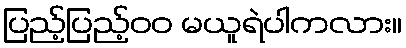
ပြည့်ပြည့်၀၀ မယူရဲပါကလား။